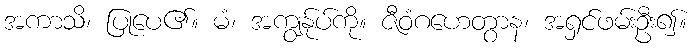
အကာသိ၊ ပြုပေ၏။ မံ၊ အကျွန်ုပ်ကို။ ဇီဝံဂဟေတွာန၊ အရှင်ဖမ်းဦး၍။